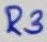
Text: R3